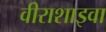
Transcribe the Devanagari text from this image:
वीराशाइवा